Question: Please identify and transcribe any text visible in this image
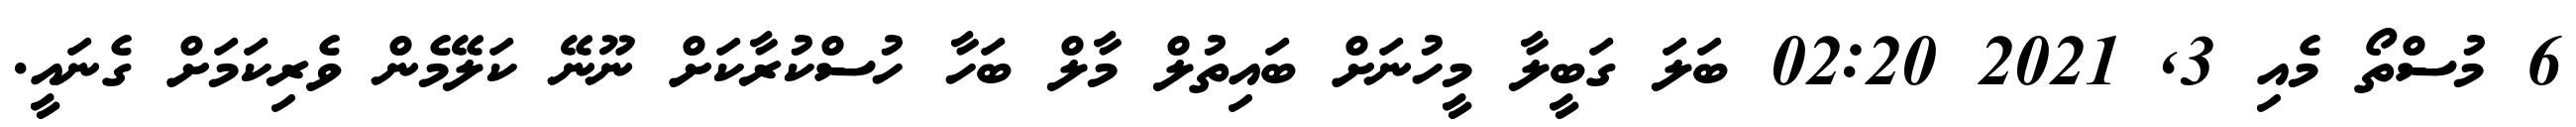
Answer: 6 މުސްތޯ މެއި 3, 2021 02:20 ބަލަ ގަބީލާ މީހުނަށް ބައިތުލް މާލް ބަހާ ހުސްކުރާކަށް ނޫނޭ ކަލޭމެން ވެރިކަމަށް ގެނައީ.